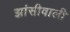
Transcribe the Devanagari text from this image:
झांसीवाली